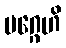
မဂ္ဂေဟိ